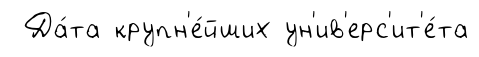
Да́та крупн'е́йших ун'ив'ерс'ит'е́та